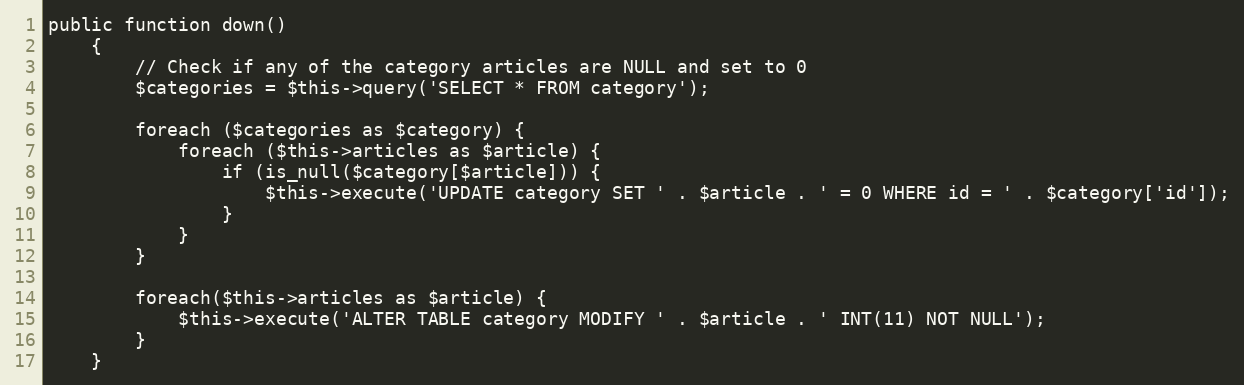
Language: PHP
public function down()
    {
		// Check if any of the category articles are NULL and set to 0
		$categories = $this->query('SELECT * FROM category');

		foreach ($categories as $category) {
			foreach ($this->articles as $article) {
				if (is_null($category[$article])) {
					$this->execute('UPDATE category SET ' . $article . ' = 0 WHERE id = ' . $category['id']);
				}
			}
		}

		foreach($this->articles as $article) {
			$this->execute('ALTER TABLE category MODIFY ' . $article . ' INT(11) NOT NULL');
		}
    }